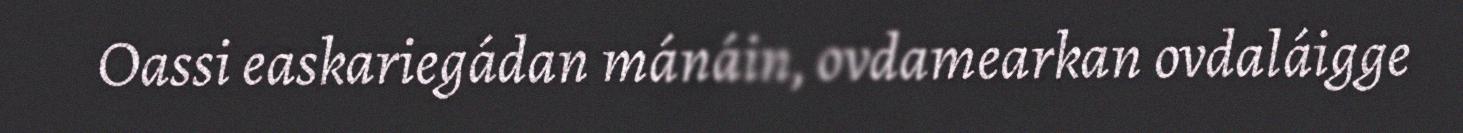
Oassi easkariegádan mánáin, ovdamearkan ovdaláigge